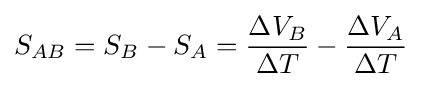
S_{AB}=S_{B}-S_{A}={\Delta V_{B} \over \Delta T}-{\Delta V_{A} \over \Delta T}